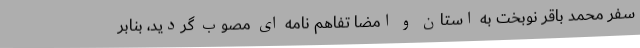
سفر محمد باقر نوبخت به استان و امضا تفاهم نامه ای مصوب گردید، بنابر